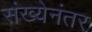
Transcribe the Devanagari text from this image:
संख्येनंतर